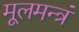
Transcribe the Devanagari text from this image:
मूलमन्त्रं